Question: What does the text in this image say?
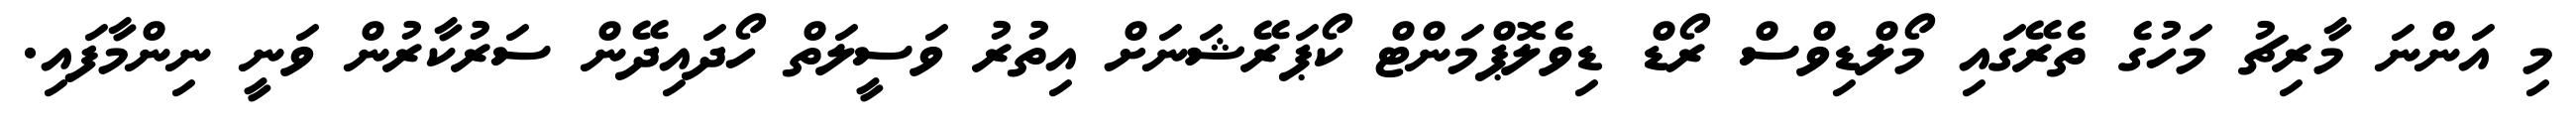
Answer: މި އަންނަ މާރިޗު މަހުގެ ތެރޭގައި މޯލްޑިވްސް ރޯޑް ޑިވެލޮޕްމަންޓް ކޯޕަރޭޝަނަށް އިތުރު ވަސީލަތް ހޯދައިދޭން ސަރުކާރުން ވަނީ ނިންމާފައި.